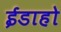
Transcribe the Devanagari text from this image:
ईडाहो